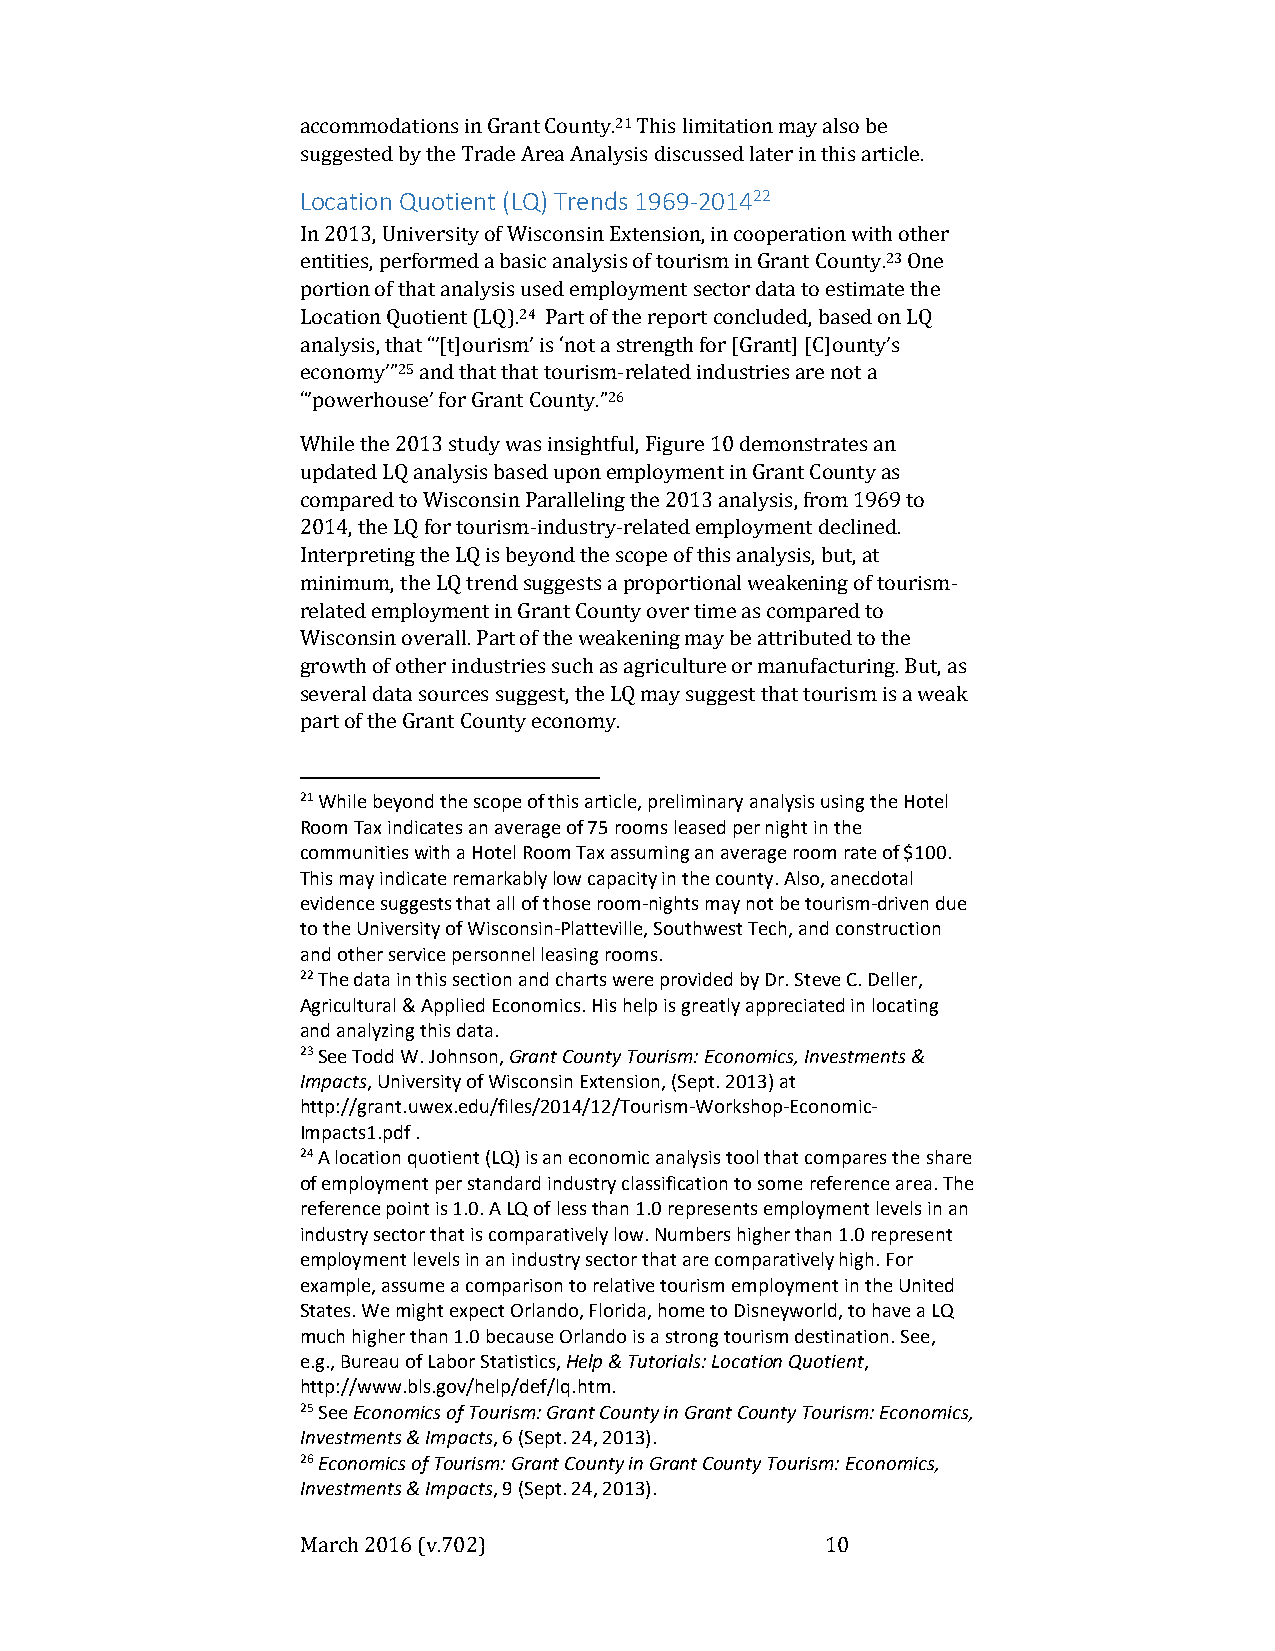
accommodations in Grant County.21 This limitation may also be
 suggested by the Trade Area Analysis discussed later in this article.
 Location Quotient (LQ) Trends 1969-201422
 In 2013, University of Wisconsin Extension, in cooperation with other
 entities, performed a basic analysis of tourism in Grant County.23 One
 portion of that analysis used employment sector data to estimate the
 Location Quotient (LQ).24 Part of the report concluded, based on LQ
 analysis, that “’[t]ourism’ is ‘not a strength for [Grant] [C]ounty’s
 economy’”25 and that that tourism-related industries are not a
 “’powerhouse’ for Grant County.”26
 While the 2013 study was insightful, Figure 10 demonstrates an
 updated LQ analysis based upon employment in Grant County as
 compared to Wisconsin Paralleling the 2013 analysis, from 1969 to
 2014, the LQ for tourism-industry-related employment declined.
 Interpreting the LQ is beyond the scope of this analysis, but, at
 minimum, the LQ trend suggests a proportional weakening of tourism-
 related employment in Grant County over time as compared to
 Wisconsin overall. Part of the weakening may be attributed to the
 growth of other industries such as agriculture or manufacturing. But, as
 several data sources suggest, the LQ may suggest that tourism is a weak
 part of the Grant County economy.
 21 While beyond the scope of this article, preliminary analysis using the Hotel
 Room Tax indicates an average of 75 rooms leased per night in the
 communities with a Hotel Room Tax assuming an average room rate of $100.
 This may indicate remarkably low capacity in the county. Also, anecdotal
 evidence suggests that all of those room-nights may not be tourism-driven due
 to the University of Wisconsin-Platteville, Southwest Tech, and construction
 and other service personnel leasing rooms.
 22 The data in this section and charts were provided by Dr. Steve C. Deller,
 Agricultural & Applied Economics. His help is greatly appreciated in locating
 and analyzing this data.
 23 See Todd W. Johnson, Grant County Tourism: Economics, Investments &
 Impacts, University of Wisconsin Extension, (Sept. 2013) at
 http://grant.uwex.edu/files/2014/12/Tourism-Workshop-Economic-
 Impacts1.pdf .
 24 A location quotient (LQ) is an economic analysis tool that compares the share
 of employment per standard industry classification to some reference area. The
 reference point is 1.0. A LQ of less than 1.0 represents employment levels in an
 industry sector that is comparatively low. Numbers higher than 1.0 represent
 employment levels in an industry sector that are comparatively high. For
 example, assume a comparison to relative tourism employment in the United
 States. We might expect Orlando, Florida, home to Disneyworld, to have a LQ
 much higher than 1.0 because Orlando is a strong tourism destination. See,
 e.g., Bureau of Labor Statistics, Help & Tutorials: Location Quotient,
 http://www.bls.gov/help/def/lq.htm.
 25 See Economics of Tourism: Grant County in Grant County Tourism: Economics,
 Investments & Impacts, 6 (Sept. 24, 2013).
 26 Economics of Tourism: Grant County in Grant County Tourism: Economics,
 Investments & Impacts, 9 (Sept. 24, 2013).
 March 2016 (v.702)                 10